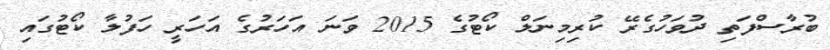
ބުރާސްފަތި ދުވަހުގެރޭ ކުރިމިނަލް ކޯޓުގެ 2015 ވަނަ އަހަރުގެ އަހަރީ ހަފުލާ ކޯޓުގައި